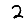
Digit: 2